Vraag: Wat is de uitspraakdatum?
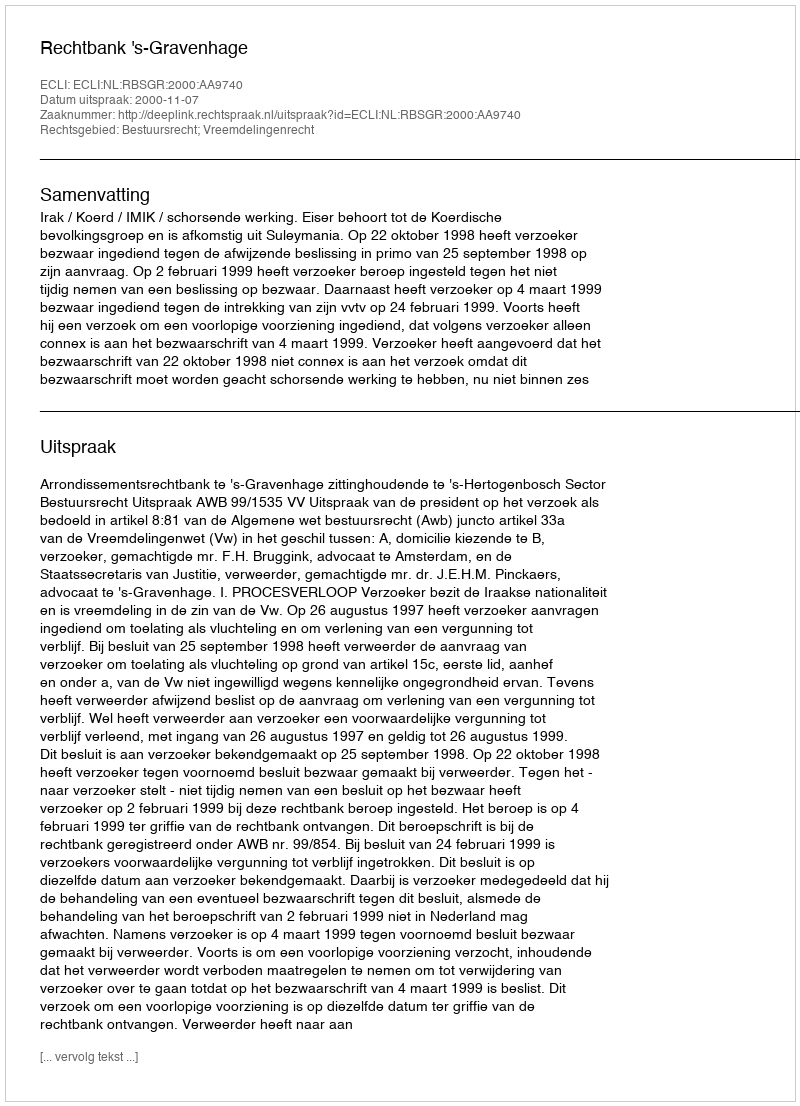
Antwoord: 2000-11-07